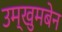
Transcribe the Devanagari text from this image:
उम्खुमबेन